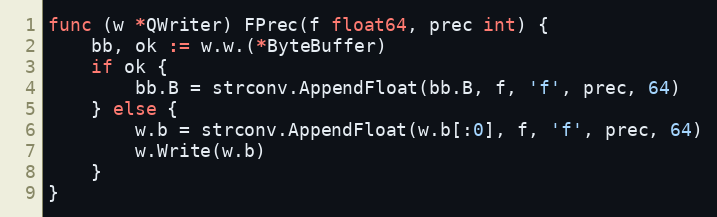
Language: Go
func (w *QWriter) FPrec(f float64, prec int) {
	bb, ok := w.w.(*ByteBuffer)
	if ok {
		bb.B = strconv.AppendFloat(bb.B, f, 'f', prec, 64)
	} else {
		w.b = strconv.AppendFloat(w.b[:0], f, 'f', prec, 64)
		w.Write(w.b)
	}
}